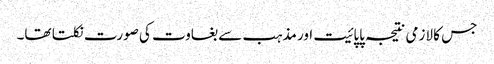
جس کا لازمی نتیجہ پاپائیت اور مذہب سے بغاوت کی صورت نکلتا تھا۔